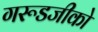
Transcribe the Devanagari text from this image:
गरूडजीको